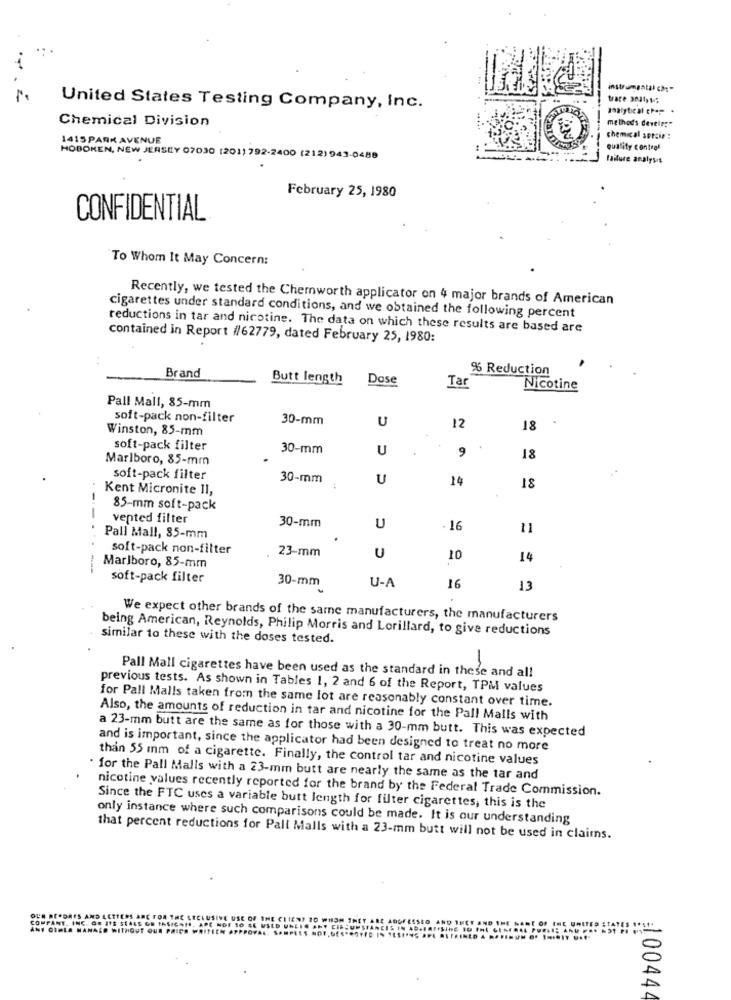
instrumental ch"
trace 30at1;
United States Testing Company, Inc.
Chemical Division
methods desele:"
1415 PARK AVENUE
chemical sorzir :
Quality control
HOBOKEN, NEW JERSEY 07030 [201) 792-2400 (212)943-0488
failure analysis
February 25, 1980
CONFIDENTIAL
To Whom It May Concern:
Recently, we tested the Chemworth applicator on 4 major brands of American
cigarettes under standard conditions, and we obtained the following percent
reductions in tar and nicotine. The data on which these results are based are
contained in Report #62779, dated February 25, 1980:
% Reduction
Brand
Butt length
Dose
Tar
Nicotine
Pall Mall, 85-mm
soft-pack non-filter
30-mm
U
Winston, 85-mm
12
18
soft-pack filter
30-mm
U
9
Marlboro, 85-mm
18
soft-pack filter
30-mm
U
14
Kent Micronite II,
18
85-mm soft-pack
vented filter
30-mm
--.
U
16
11
Pall Mall, 85-mm
soft-pack non-filter
23-mm
U
10
14
----
Marlboro, 85-mm
soft-pack filter
30-mm
U-A
16
13
We expect other brands of the same manufacturers, the manufacturers
being American, Reynolds, Philip Morris and Lorillard, to give reductions
similar to these with the doses tested.
Pall Mall cigarettes have been used as the standard in these and all
previous tests. As shown in Tables 1, 2 and 6 of the Report, TPM values
for Pall Malls taken from the same lot are reasonably constant over time.
Also, the amounts of reduction in tar and nicotine for the Pall Malls with
a 23-mm butt are the same as for those with a 30-mm butt. This was expected
and is important, since the applicator had been designed to treat no more
than 55 mm of a cigarette. Finally, the control tar and nicotine values
for the Pall Malls with a 23-mm butt are nearly the same as the tar and
nicotine values recently reported for the brand by the Federal Trade Commission.
Since the FTC uses a variable butt length for filter cigarettes, this is the
only instance where such comparisons could be made. It is our understanding
that percent reductions for Pall Malls with a 23-mm butt will not be used in claims.
100444